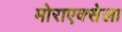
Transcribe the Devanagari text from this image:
मोराएक्सेला